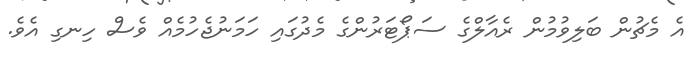
އެ މެޗުން ބަލިވުމުން ރެއާލްގެ ސަޕޯޓަރުންގެ މެދުގައި ހަމަނުޖެހުމެއް ވެސް ހިނގި އެވެ.